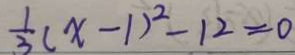
\frac { 1 } { 3 } ( x - 1 ) ^ { 2 } - 1 2 = 0